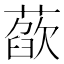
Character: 𦻁